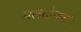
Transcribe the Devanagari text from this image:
मलदोनादो